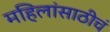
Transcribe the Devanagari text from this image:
महिलांसाठीचं